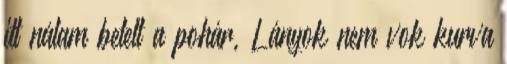
itt nálam betelt a pohár, Lányok nem vok kurva